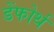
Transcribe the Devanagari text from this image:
डेंफोर्थ